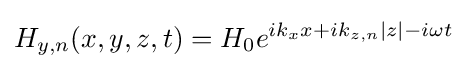
H_{y,n}(x,y,z,t)=H_{0}e^{ik_{x}x+ik_{z,n}|z|-i\omega t}